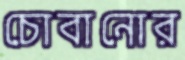
চোবানোর